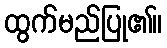
ထွက်မည်ပြု၏။